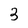
Character: 3